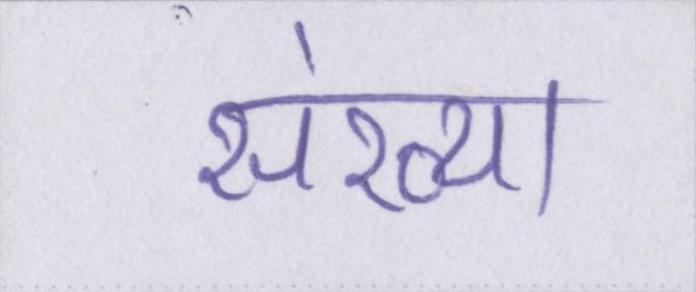
संख्या